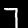
Label: 7